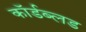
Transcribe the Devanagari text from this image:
कॉर्डब्लड